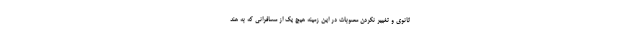
ثانوی و تغییر نکردن مصوبات در این زمینه هیچ یک از مسافرانی که به هند